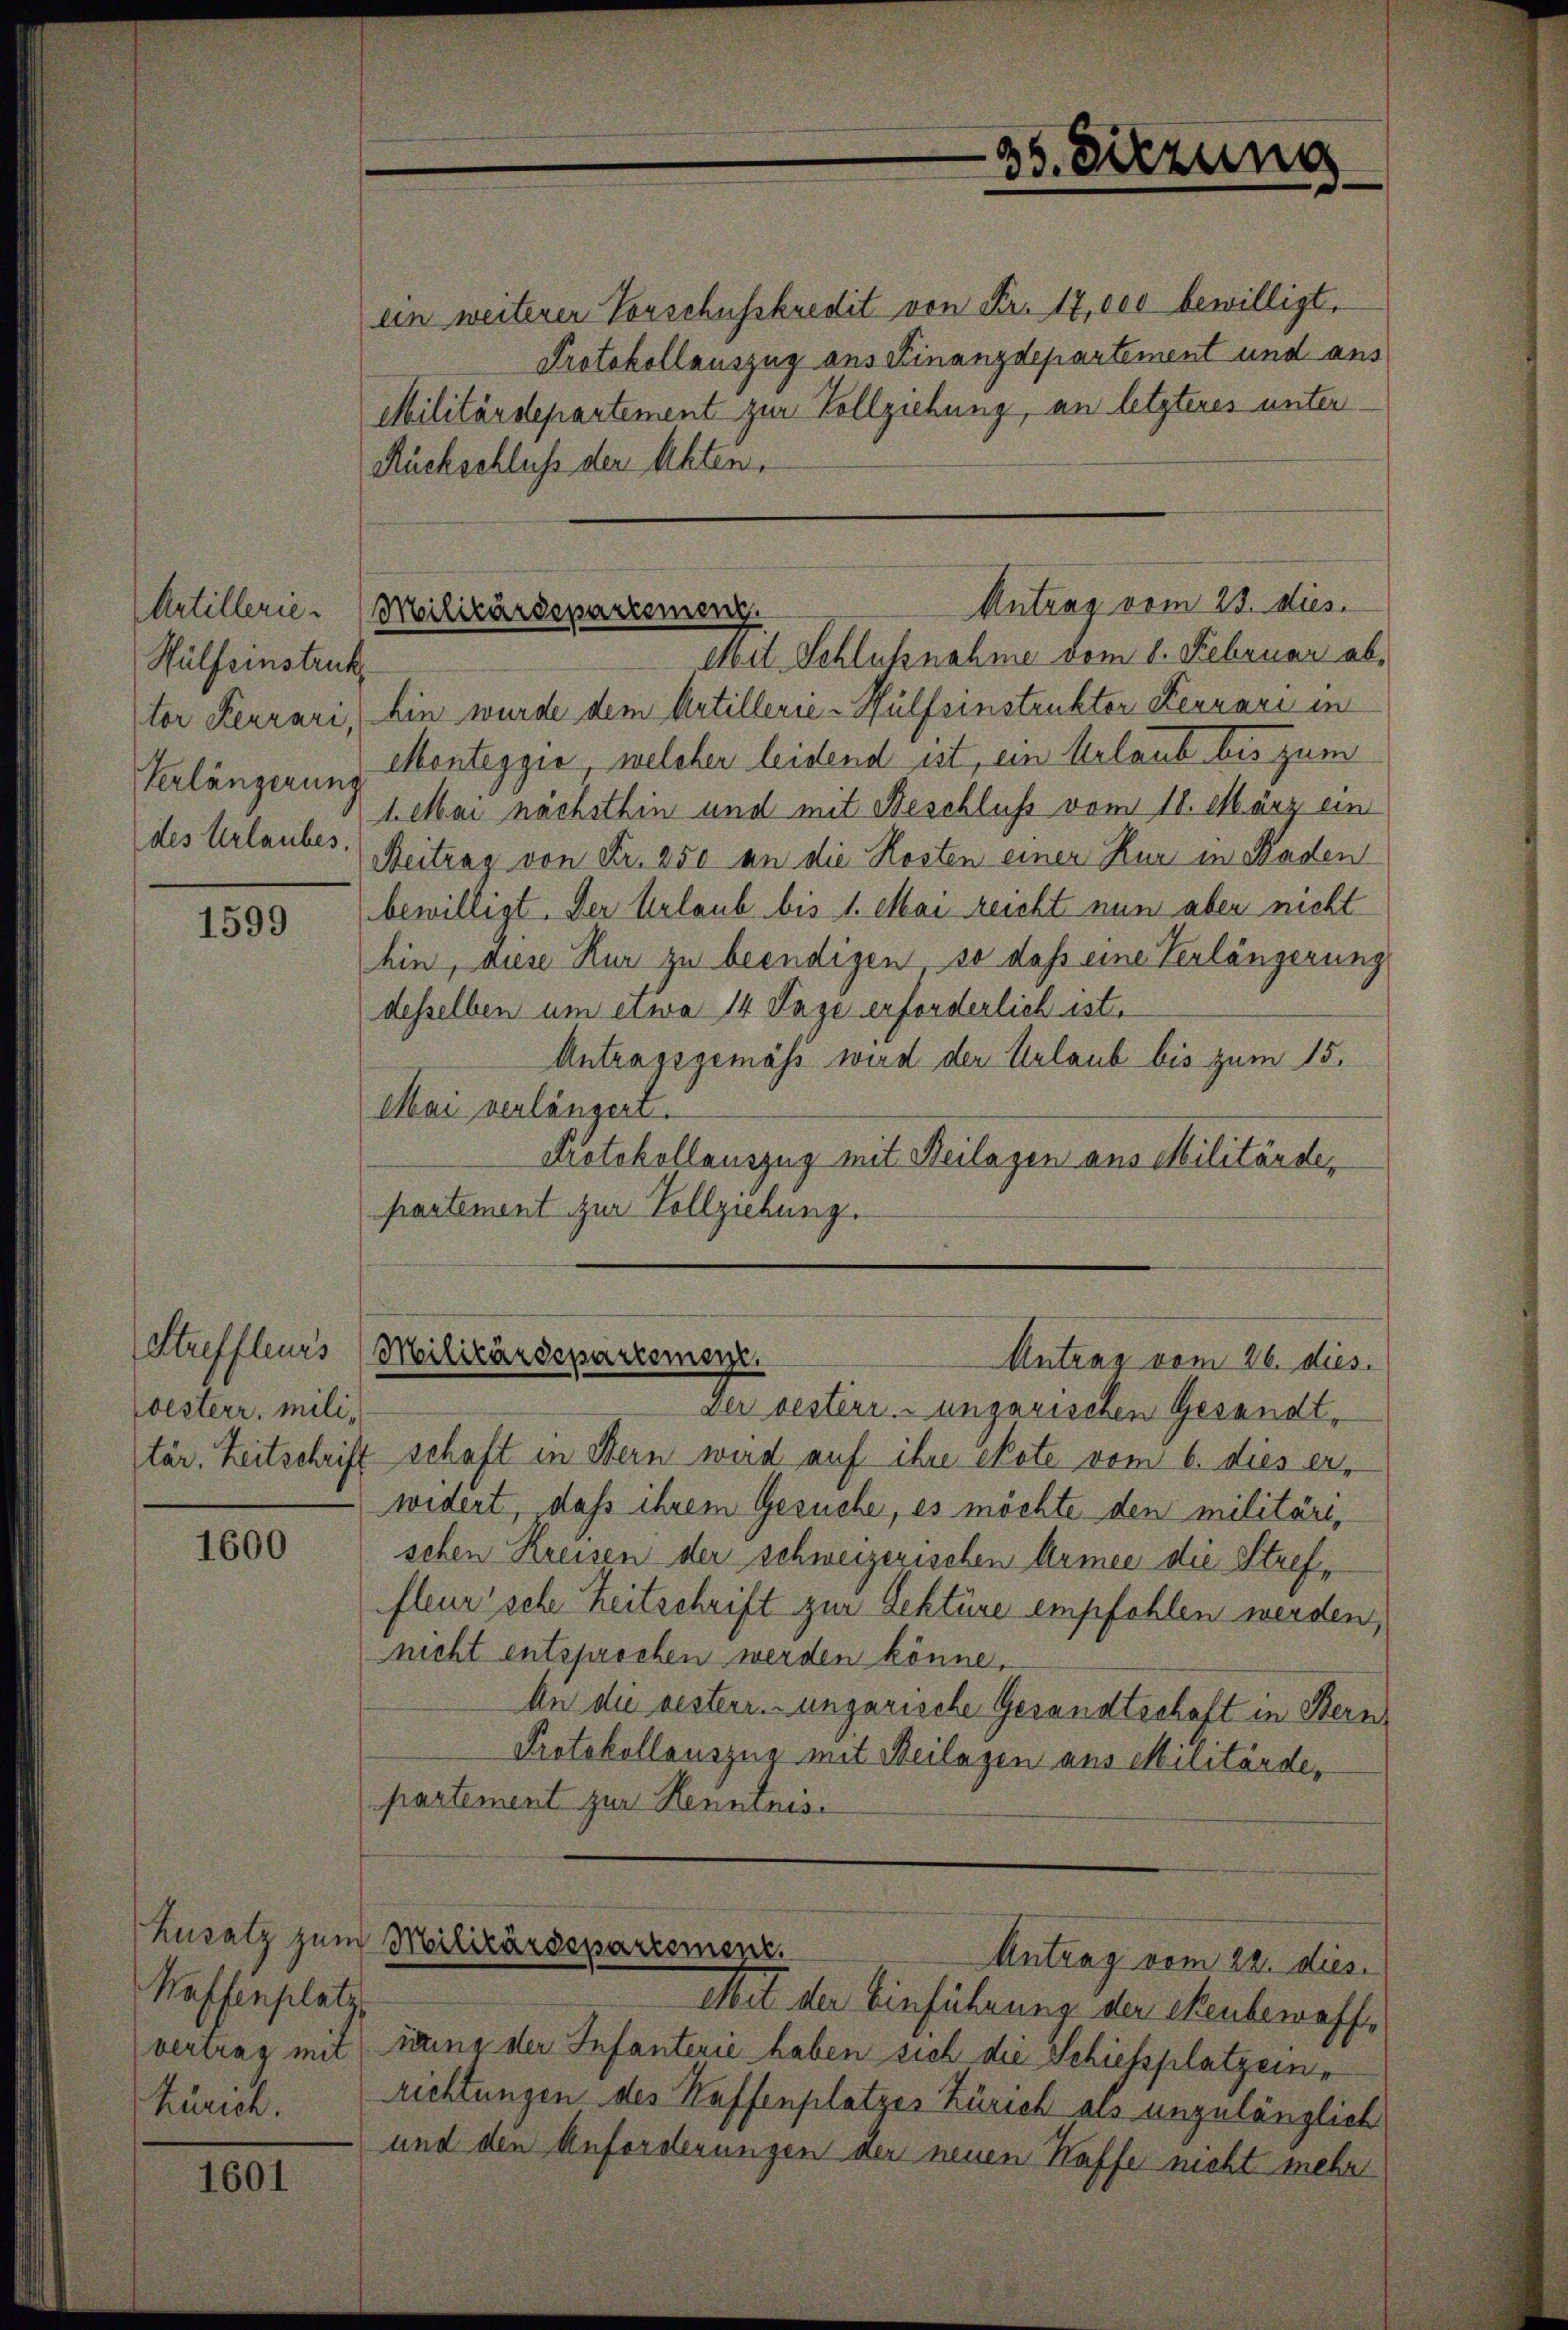
Artillerie-
Hülfeinstruk
tor Ferrari,
Verlängerung
des Urlaubes,

1599

Stuffleurs
oesterr. militär. Zeitschrift

1600

Waffenplatz,

1601

in weiterer Vorschusskredit von Fr. 17,000 bewilligt.
Protokollauszug aus Finanzdepartement und aus
Militärdepartement zur Vollziehung, an letzteres unter¬
Rückschluß der Akten.
hin wurde dem Artillerie-Hülfsinstruktor Leonari in
Monteggia, welcher leidend ist, ein Urlaub bis zum
1. Mai nächsthin und mit Beschluss vom 18. März ein
Beitrag von Fr. 250 an die Kosten einer Kur in Staden
bewilligt. Der Urlaub bis 1. Mai reicht nun aber nicht
hin, diese Kur zu beendigen, so daß eine Verlängerung
desselben um etwa 14 Tage erforderlich ist.
Antragsgemäss wird der Urlaub bis zum 15.
Mai verlängert.
Protokollauszug mit Beilagen aus Militärdepartement zur Vollziehung.

.
36. Sitzung

Antrag vom 23. dies
Militärdepartemenz
Mit Schlußnahme vom 1. Februar ab¬

Militärdepartement.
Antrag vom 26. dies

Der besterr. ungarischen Gesandtschaft in Bern wird auf ihre Note vom 6. dies erwidert, daß ihrem Gesuche, es möchte den militäre,
schen Kreisen der schweizerischen Armee die Streffleur sche Zeitschrift zur Lektüre empfohlen werden,
nicht entsprochen werden könne.
An die besterr.-ungarische Gesandtschaft in Bern,
Protokollauszug mit Beilagen aus Militärde,
partement zur Henntnis

Zusatz zum Militärdepartement.
Antrag vom 22. dies

Mit der Einführung der ehenbewaffvertrag mit iung der Infanterie haben sich die Schiessplatz eine
Zürich Richtungen des Kaffenplatzes Zürich als unzulänglich
und den Anforderungen der neuen Kaffe nicht mehr